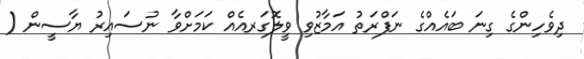
ދިވެހިންގެ ގިނަ ބައެއްގެ ނަފްރަތު އަމާޒުވި ވީލޮގަރއެއް ކަމަށްވާ ނުސައިރު ޔާސީން (